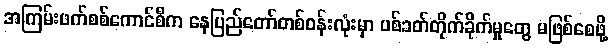
အကြမ်းဖက်စစ်ကောင်စီက နေပြည်တော်တစ်ဝန်းလုံးမှာ ပစ်ခတ်တိုက်ခိုက်မှုတွေ မဖြစ်စေဖို့